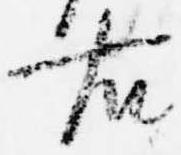
右